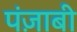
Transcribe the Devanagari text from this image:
पंज़ाबी